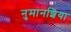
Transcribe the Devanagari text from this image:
नुमानशिया